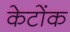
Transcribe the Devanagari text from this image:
केटोंक